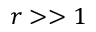
r > > 1